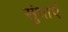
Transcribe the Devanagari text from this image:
सुंधाएँ